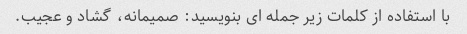
با استفاده از کلمات زیر جمله ای بنویسید: صمیمانه، گشاد و عجیب.